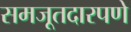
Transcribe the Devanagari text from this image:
समजूतदारपणे